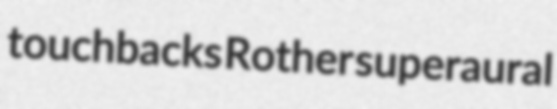
touchbacks Rother superaural